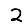
Digit: 2